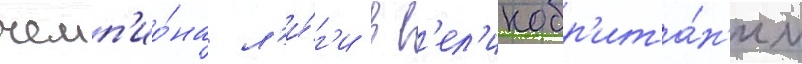
чемп'ио́на л'и́г'и в в'ел'икобр'ита́н'ии